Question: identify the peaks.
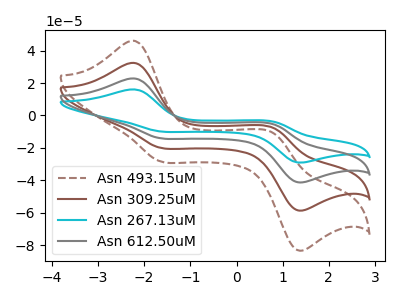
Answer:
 <answer>The brown dashed curve "Asn 493.15uM" has anodic peaks at (-2.20V, 68.45uA) (0.80V, -15.75uA) and cathodic peaks at (-1.65V, -41.95uA) (1.30V, -123.05uA). The brown curve "Asn 309.25uM" has anodic peaks at (-2.20V, 45.65uA) (0.80V, -10.50uA) and cathodic peaks at (-1.65V, -28.00uA) (1.30V, -82.05uA). The cyan curve "Asn 267.13uM" has anodic peaks at (-2.20V, 16.05uA) (0.80V, -3.70uA) and cathodic peaks at (-1.65V, -9.85uA) (1.30V, -28.90uA). The gray curve "Asn 612.50uM" has anodic peaks at (-2.20V, 22.80uA) (0.80V, -5.25uA) and cathodic peaks at (-1.65V, -14.00uA) (1.30V, -41.00uA).</answer>
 <eval></eval>